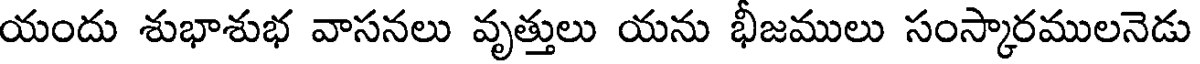
యందు శుభాశుభ వాసనలు వృత్తులు యను భీజములు సంస్కారములనెడు